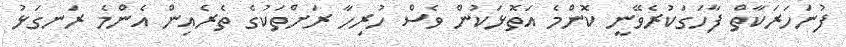
ފުނަހަރަކާތް ފާހަގަކުރެވޭނީ ކޮންމެ އަތޮޅަކުން ވެސް ހުރިހާ ރަށްތަކުގެ ތެރެއިން އެންމެ ރަނގަޅު